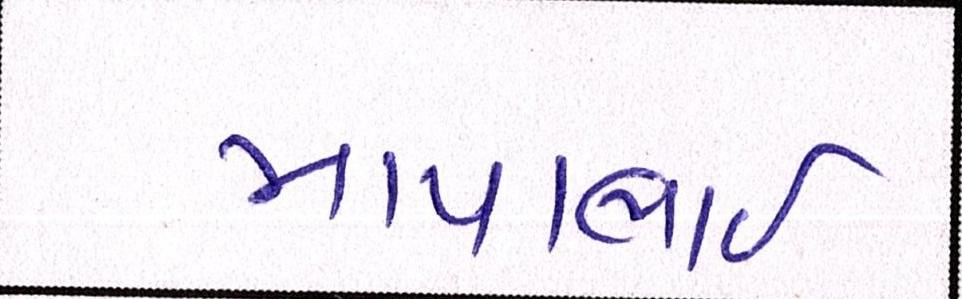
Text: માયાભાઇ